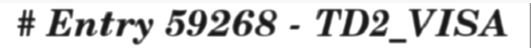
# Entry 59268 - TD2_VISA